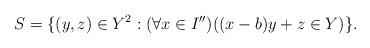
LaTeX: \begin{align*}S=\{(y,z)\in Y^2: (\forall x\in I'')((x-b)y+z\in Y)\}.\end{align*}